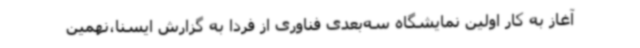
آغاز به کار اولین نمایشگاه سه‌بعدی فناوری از فردا به گزارش ایسنا،نهمین